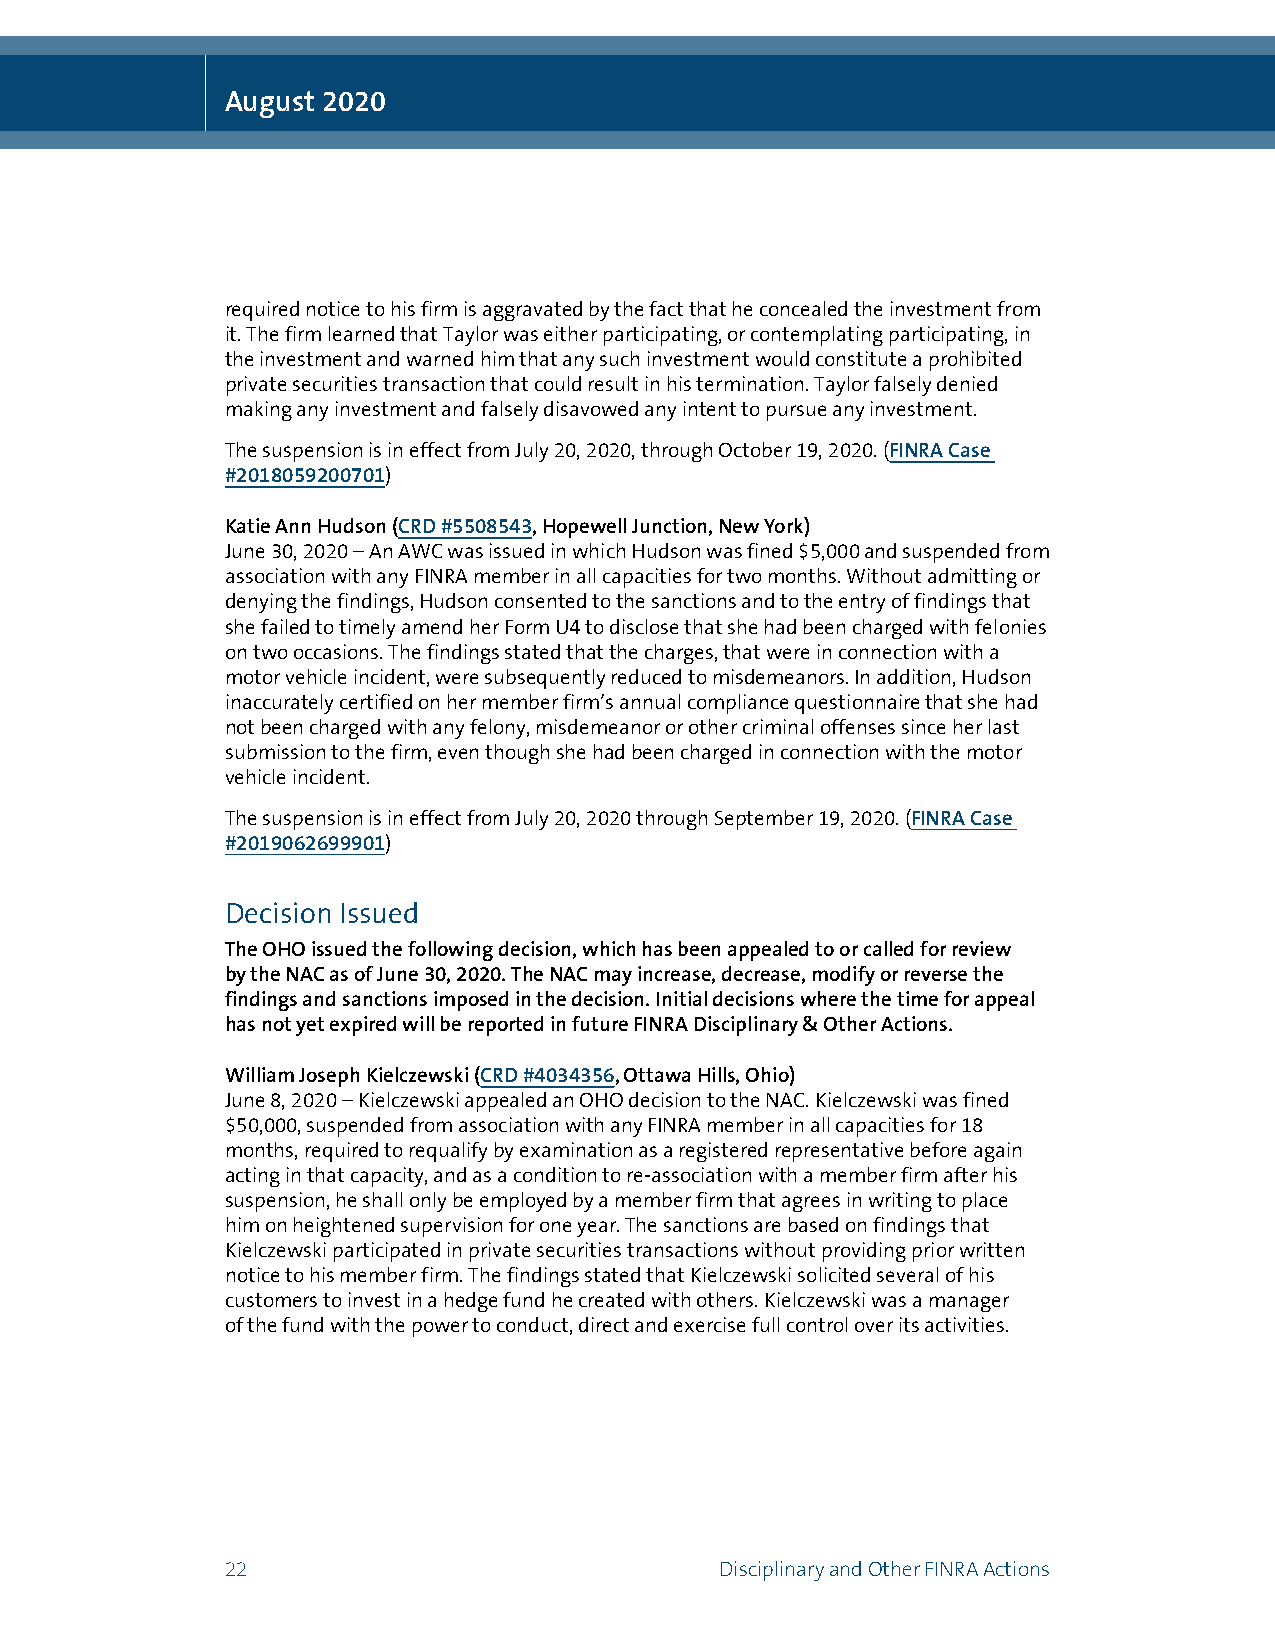
August 2020
 required notice to his firm is aggravated by the fact that he concealed the investment from
 it. The firm learned that Taylor was either participating, or contemplating participating, in
 the investment and warned him that any such investment would constitute a prohibited
 private securities transaction that could result in his termination. Taylor falsely denied
 making any investment and falsely disavowed any intent to pursue any investment.
 The suspension is in effect from July 20, 2020, through October 19, 2020. (FINRA Case
 #2018059200701)
 Katie Ann Hudson (CRD #5508543, Hopewell Junction, New York)
 June 30, 2020 – An AWC was issued in which Hudson was fined $5,000 and suspended from
 association with any FINRA member in all capacities for two months. Without admitting or
 denying the findings, Hudson consented to the sanctions and to the entry of findings that
 she failed to timely amend her Form U4 to disclose that she had been charged with felonies
 on two occasions. The findings stated that the charges, that were in connection with a
 motor vehicle incident, were subsequently reduced to misdemeanors. In addition, Hudson
 inaccurately certified on her member firm’s annual compliance questionnaire that she had
 not been charged with any felony, misdemeanor or other criminal offenses since her last
 submission to the firm, even though she had been charged in connection with the motor
 vehicle incident.
 The suspension is in effect from July 20, 2020 through September 19, 2020. (FINRA Case
 #2019062699901)
 Decision Issued
 The OHO issued the following decision, which has been appealed to or called for review
 by the NAC as of June 30, 2020. The NAC may increase, decrease, modify or reverse the
 findings and sanctions imposed in the decision. Initial decisions where the time for appeal
 has not yet expired will be reported in future FINRA Disciplinary & Other Actions.
 William Joseph Kielczewski (CRD #4034356, Ottawa Hills, Ohio)
 June 8, 2020 – Kielczewski appealed an OHO decision to the NAC. Kielczewski was fined
 $50,000, suspended from association with any FINRA member in all capacities for 18
 months, required to requalify by examination as a registered representative before again
 acting in that capacity, and as a condition to re-association with a member firm after his
 suspension, he shall only be employed by a member firm that agrees in writing to place
 him on heightened supervision for one year. The sanctions are based on findings that
 Kielczewski participated in private securities transactions without providing prior written
 notice to his member firm. The findings stated that Kielczewski solicited several of his
 customers to invest in a hedge fund he created with others. Kielczewski was a manager
 of the fund with the power to conduct, direct and exercise full control over its activities.
 22                               Disciplinary and Other FINRA Actions